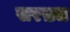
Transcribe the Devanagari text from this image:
सरख़्स